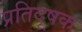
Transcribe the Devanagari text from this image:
प्रतिदूषक